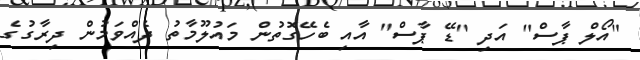
"އޯލް ޕާސް" އަދި "ޑޭ ޕާސް" އާއި ބެހޭގޮތުން މައުލޫމާތު ދެއްވަމުން ދިރާގުގެ